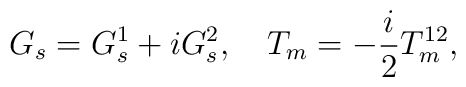
G_s=G_s^1+iG_s^2,\quad T_m=-\frac{i}{2}T^{12}_m,